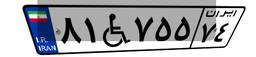
۸۱W۷۵۵۷۴